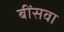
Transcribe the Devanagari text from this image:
बींसवा